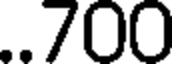
..700